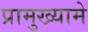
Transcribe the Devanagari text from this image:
प्रामुख्यामे